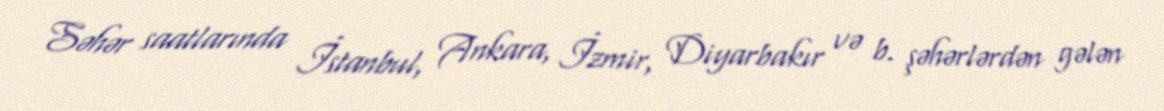
Səhər saatlarında İstanbul, Ankara, İzmir, Diyarbakır və b. şəhərlərdən gələn